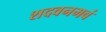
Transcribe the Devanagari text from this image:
शदवनभवं